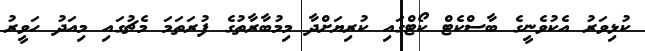
ކުޅިވަރު އެކުވެނީގެ ބާސްކެޓް ކޯޓްގައި ކުރިޔަށްދާ މިމުބާރާތުގެ ފުރަތަމަ މެޗުގައި މިއަދު ހަވީރު